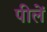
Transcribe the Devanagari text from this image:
पीलें